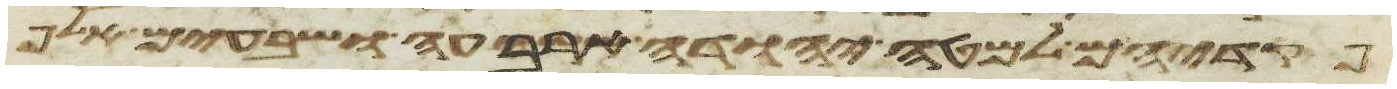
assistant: פקדיהם למטה יהודה ארבעה ושבעים אלף